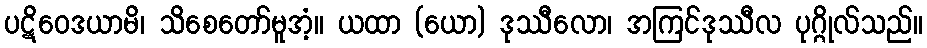
ပဋိဝေဒယာမိ၊ သိစေတော်မူအံ့။ ယထာ (ယော) ဒုဿီလော၊ အကြင်ဒုဿီလ ပုဂ္ဂိုလ်သည်။